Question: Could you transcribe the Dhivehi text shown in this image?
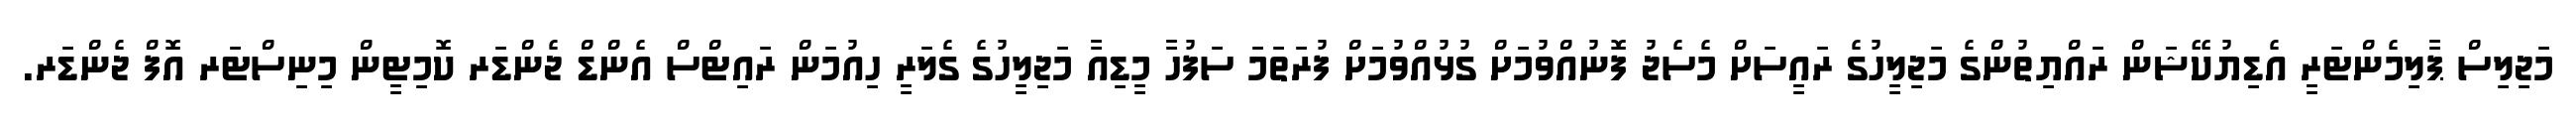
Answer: މަޖިލިސް ޕާލިމެންޓަރީ އެޑިޔުކޭޝަން ރައްޔިތުންގެ މަޖިލީހުގެ ރައީސަށް މެސެޖު ފޮނުއްވުމަށް ގުޅުއްވުމަށް ފުރަތަމަ ސަފުހާ މީޑިއާ މަޖިލީހުގެ ގެލަރީ ހިއުމަން ރައިޓްސް އެންޑް ޖެންޑަރ ކޮމިޓީން މިނިސްޓަރ އޮފް ޖެންޑަރ.